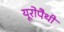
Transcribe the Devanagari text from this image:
यूरोपैथी